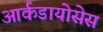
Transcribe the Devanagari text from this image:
आर्कडायोसेस